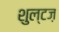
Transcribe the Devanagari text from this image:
शुल्टज़